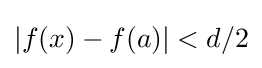
|f(x)-f(a)|<d/2